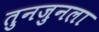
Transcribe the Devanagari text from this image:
तुनजुनला